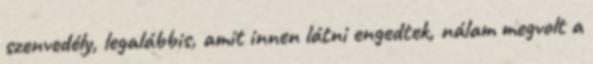
szenvedély, legalábbis, amit innen látni engedtek, nálam megvolt a